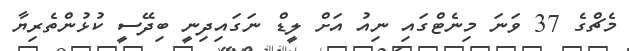
މެޗްގެ 37 ވަނަ މިނެޓްގައި ނިއު އަށް ލީޑް ނަގައިދިނީ ބިދޭސީ ކުޅުންތެރިޔާ